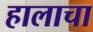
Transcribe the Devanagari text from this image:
हालाचा